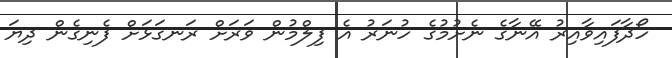
ހޯދާފައިވާއިރު އޭނާގެ ނެށުމުގެ ހުނަރު އެ ފިލްމުން ވަރަށް ރަނގަޅަށް ފެނިގެން ދިޔަ